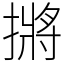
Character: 摪